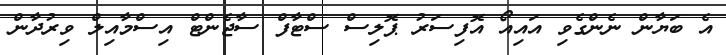
އެ ބަޔާން ނެންގެވި އައިއޯ އޮފިސަރު ޕޮލިސް ސްޓާފް ސާޖެންޓް އިސްމާއިލް ވިރުދާން